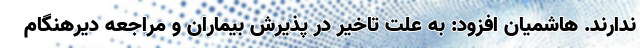
ندارند. هاشمیان افزود: به علت تاخیر در پذیرش بیماران و مراجعه دیرهنگام